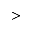
>